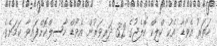
ހަތަރު އެވޯޑާ އެކު ކްލިކް ކޮލެޖުގެ 32 ދަރިވަރުން އެވޯޑް ހާސިލްކޮށްފައިވާ ކަމަށެވެ.